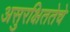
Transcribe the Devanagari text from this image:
असुरक्षिततेचे